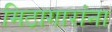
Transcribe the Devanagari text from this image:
मिठागारांना